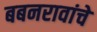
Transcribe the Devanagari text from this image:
बबनरावांचे